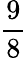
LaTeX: \frac{9}{8}